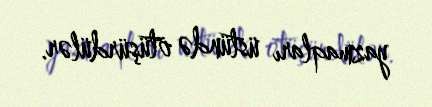
yazmaqları üstündə ötüşürdülər.